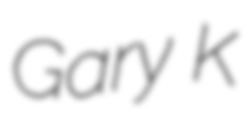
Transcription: Gary K